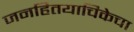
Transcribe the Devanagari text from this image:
जनहितयाचिकेचा